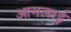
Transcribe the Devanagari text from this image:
आगलाई